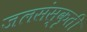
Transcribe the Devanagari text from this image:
जलसंस्कृती